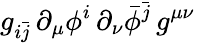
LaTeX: g_{i\bar{j}}\, \partial_{\mu}\phi^{i}\, \partial_{\nu}\bar{\phi}^{\bar{j}}\, g^{\mu\nu}\,